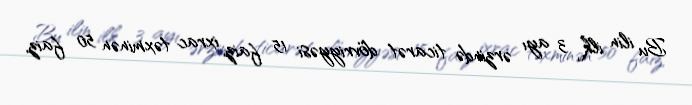
Bu ilin ilk 3 ayı ərzində ticarət dövriyyəsi 15 faiz, ixrac təxminən 50 faiz,